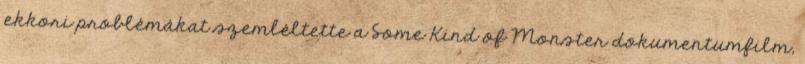
ekkori problémákat szemléltette a Some Kind of Monster dokumentumfilm,